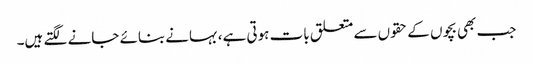
جب بھی بچوں کے حقوں سے متعلق بات ہوتی ہے،بہانے بنائے جانے لگتے ہیں۔